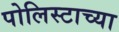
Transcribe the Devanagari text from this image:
पोलिस्टाच्या